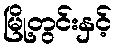
မြို့တွင်းနှင့်